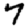
Digit: 7